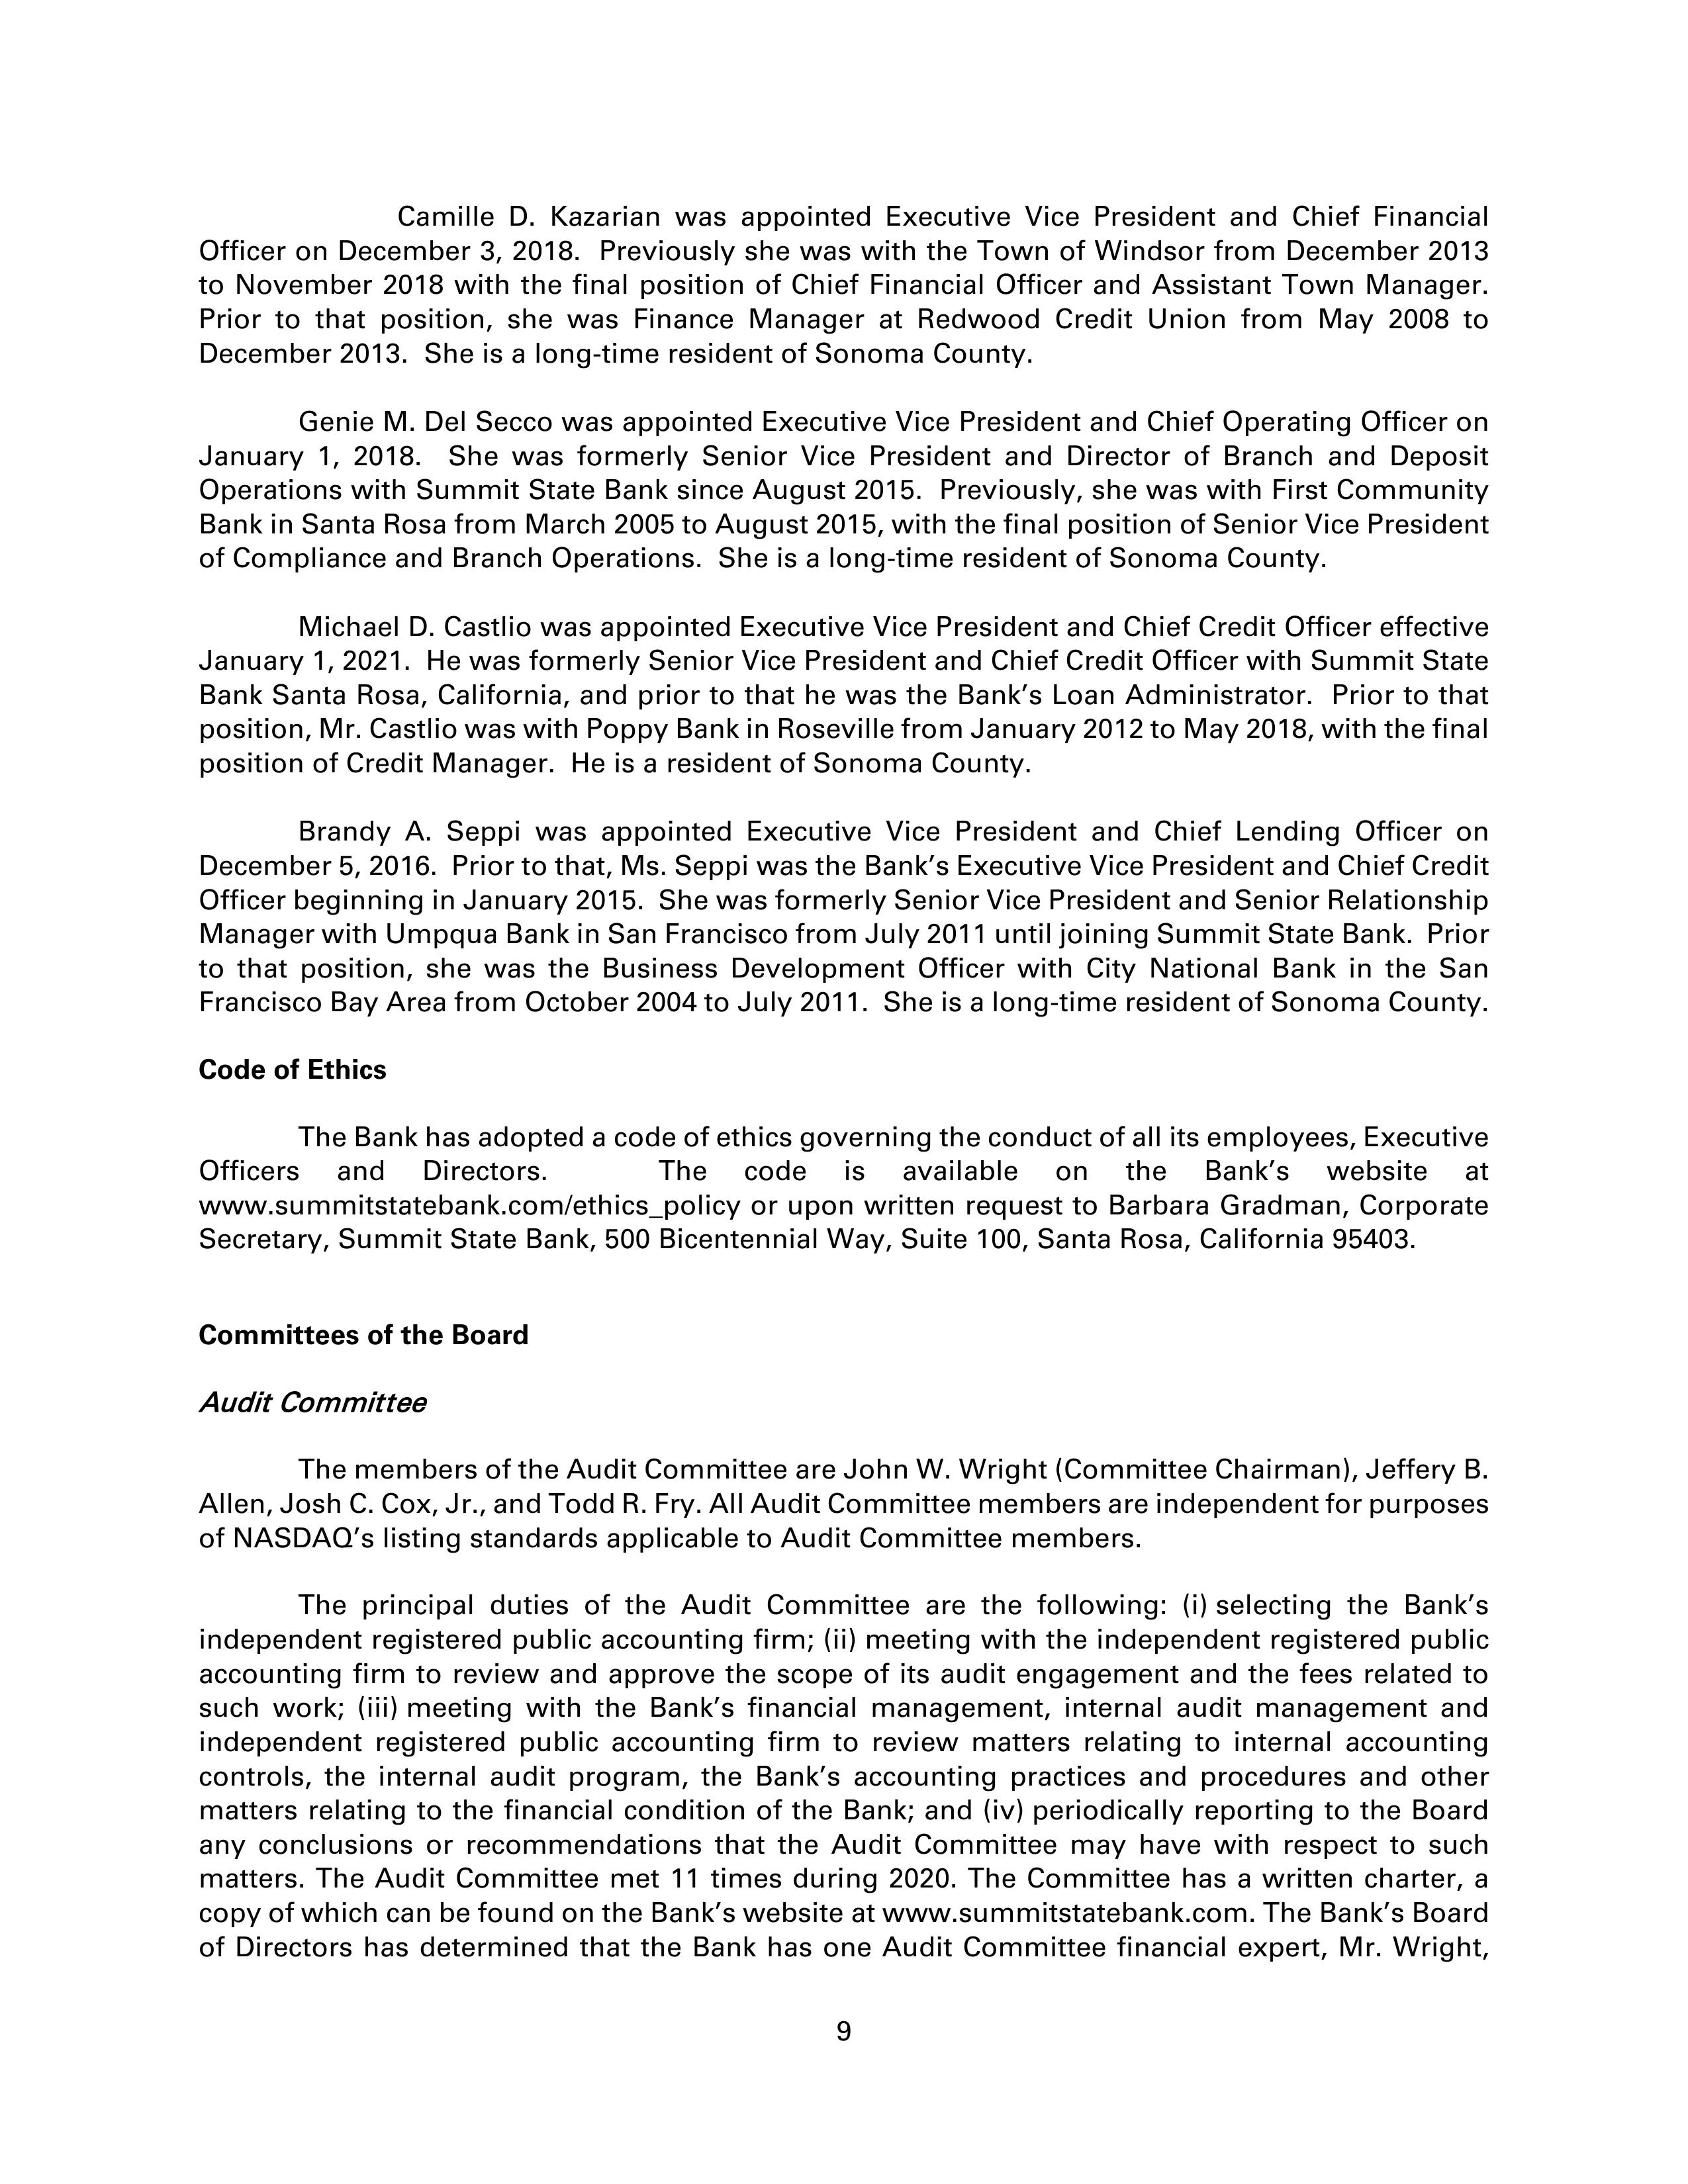
Camille D. Kazarian was appointed Executive Vice President and Chief Financial Officer on December 3, 2018. Previously she was with the Town of Windsor from December 2013 to November 2018 with the final position of Chief Financial Officer and Assistant Town Manager. Prior to that position, she was Finance Manager at Redwood Credit Union from May 2008 to December 2013. She is a long-time resident of Sonoma County.

Genie M. Del Secco was appointed Executive Vice President and Chief Operating Officer on January 1, 2018. She was formerly Senior Vice President and Director of Branch and Deposit Operations with Summit State Bank since August 2015. Previously, she was with First Community Bank in Santa Rosa from March 2005 to August 2015, with the final position of Senior Vice President of Compliance and Branch Operations. She is a long-time resident of Sonoma County.

Michael D. Castlio was appointed Executive Vice President and Chief Credit Officer effective January 1, 2021. He was formerly Senior Vice President and Chief Credit Officer with Summit State Bank Santa Rosa, California, and prior to that he was the Bank's Loan Administrator. Prior to that position, Mr. Castlio was with Poppy Bank in Roseville from January 2012 to May 2018, with the final position of Credit Manager. He is a resident of Sonoma County.

Brandy A. Seppi was appointed Executive Vice President and Chief Lending Officer on December 5, 2016. Prior to that, Ms. Seppi was the Bank's Executive Vice President and Chief Credit Officer beginning in January 2015. She was formerly Senior Vice President and Senior Relationship Manager with Umpqua Bank in San Francisco from July 2011 until joining Summit State Bank. Prior to that position, she was the Business Development Officer with City National Bank in the San Francisco Bay Area from October 2004 to July 2011. She is a long-time resident of Sonoma County.

Code of Ethics

The Bank has adopted a code of ethics governing the conduct of all its employees, Executive Officers and Directors. The code is available on the Bank's website at www.summitstatebank.com/ethics_policy or upon written request to Barbara Gradman, Corporate Secretary, Summit State Bank, 500 Bicentennial Way, Suite 100, Santa Rosa, California 95403.

Committees of the Board

Audit Committee

The members of the Audit Committee are John W. Wright (Committee Chairman), Jeffery B. Allen, Josh C. Cox, Jr., and Todd R. Fry. All Audit Committee members are independent for purposes of NASDAQ's listing standards applicable to Audit Committee members.

The principal duties of the Audit Committee are the following: (i) selecting the Bank's independent registered public accounting firm; (ii) meeting with the independent registered public accounting firm to review and approve the scope of its audit engagement and the fees related to such work; (iii) meeting with the Bank's financial management, internal audit management and independent registered public accounting firm to review matters relating to internal accounting controls, the internal audit program, the Bank's accounting practices and procedures and other matters relating to the financial condition of the Bank; and (iv) periodically reporting to the Board any conclusions or recommendations that the Audit Committee may have with respect to such matters. The Audit Committee met 11 times during 2020. The Committee has a written charter, a copy of which can be found on the Bank's website at www.summitstatebank.com. The Bank's Board of Directors has determined that the Bank has one Audit Committee financial expert, Mr. Wright,

9